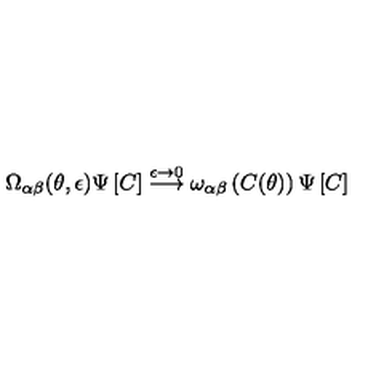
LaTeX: \Omega _ { \alpha \beta } ( \theta , \epsilon ) \Psi \left[ C \right] \stackrel { \epsilon \rightarrow 0 } { \longrightarrow } \omega _ { \alpha \beta } \left( C ( \theta ) \right) \Psi \left[ C \right]